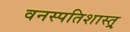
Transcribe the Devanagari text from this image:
वनस्पतिशास्त्र्